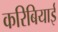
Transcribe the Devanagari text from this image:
करिबियाई